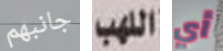
جانبهم اللهب أي